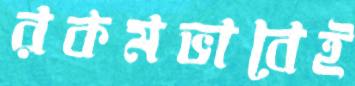
রকমভাবেই